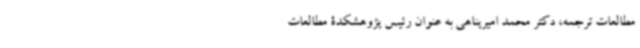
مطالعات ترجمه، دکتر محمد امیرپناهی به عنوان رئیس پژوهشکدۀ مطالعات